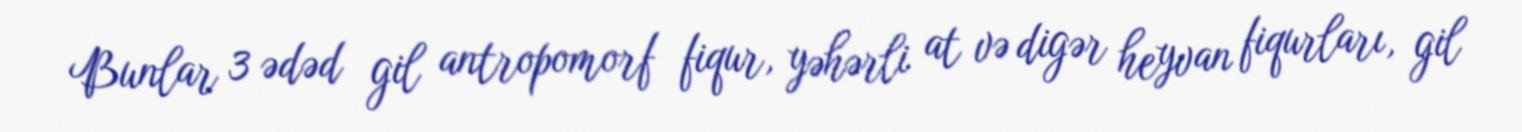
Bunlar 3 ədəd gil antropomorf fiqur, yəhərli at və digər heyvan fiqurları, gil